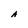
Character: A